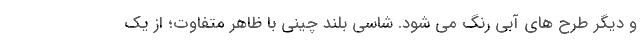
و دیگر طرح های آبی رنگ می شود. شاسی بلند چینی با ظاهر متفاوت؛ از یک